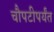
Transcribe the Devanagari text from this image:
चौपटीपर्यंत